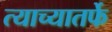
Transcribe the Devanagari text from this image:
त्याच्यातर्फे